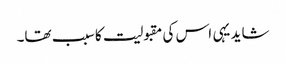
شاید یہی اس کی مقبولیت کا سبب تھا۔